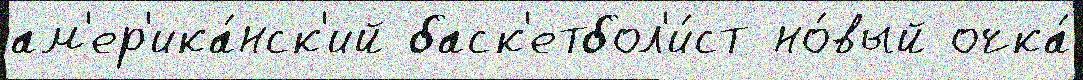
ам'ер'ика́нск'ий баск'етбол'и́ст но́вый очка́